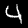
Digit: 4